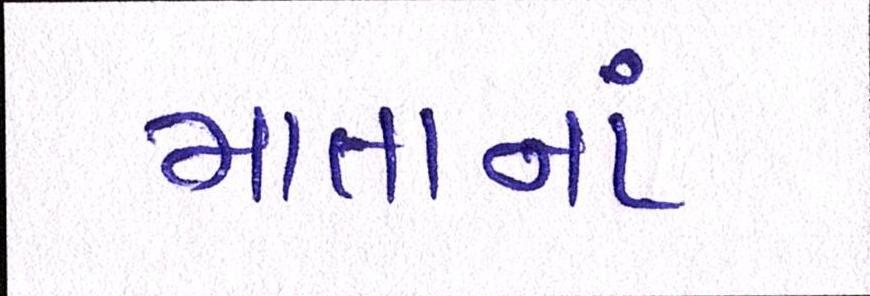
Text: માતાનાં